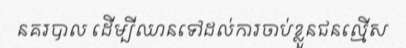
នគរបាល ដើម្បីឈានទៅដល់ការចាប់ខ្លួនជនល្មើស